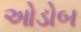
ઓડોબ